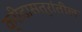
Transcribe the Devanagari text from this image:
क्रीडासत्रांतील